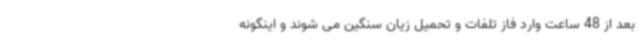
بعد از 48 ساعت وارد فاز تلفات و تحمیل زیان سنگین می شوند و اینگونه